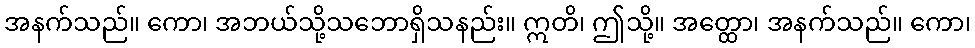
အနက်သည်။ ကော၊ အဘယ်သို့သဘောရှိသနည်း။ ဣတိ၊ ဤသို့။ အတ္ထော၊ အနက်သည်။ ကော၊